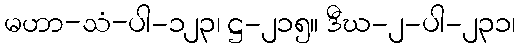
မဟာ-သံ-ပါ-၁၂၃၊ ဋ္ဌ-၂၁၅။ ဒီဃ-၂-ပါ-၂၃၁၊